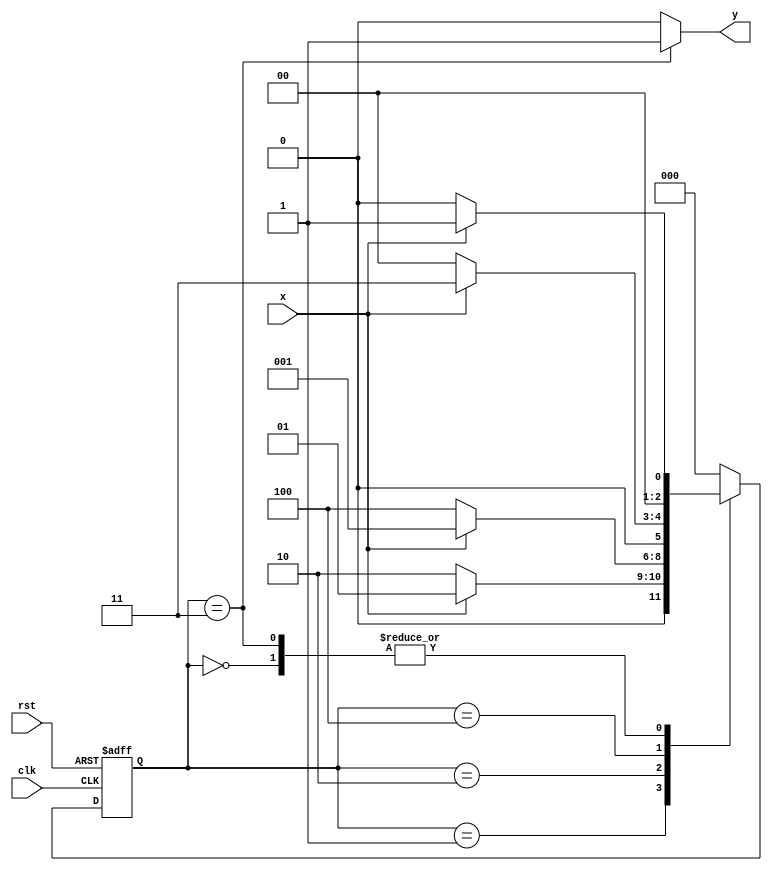
`timescale 1ns / 1ps
//////////////////////////////////////////////////////////////////////////////////
// Company: 
// Engineer: 
// 
// Design Name: 
// Module Name:    moore_sequenc_detector 
// Project Name: 
// Target Devices: 
// Tool versions: 
// Description: 
//
// Dependencies: 
//
// Revision: 
// Revision 0.01 - File Created
// Additional Comments: 
//
//////////////////////////////////////////////////////////////////////////////////
module moore_sequence_detector_nol(input clk, rst, x, output y);
  parameter A = 3'b000;
  parameter B = 3'b001;
  parameter C = 3'b010;
  parameter D = 3'b100;
  parameter E = 3'b011; // extra state when compared with Mealy Machine
  
  reg [2:0] ps, ns;
  always @(posedge clk or negedge rst) begin
    if(!rst) begin 
      ps <= A;
    end
    else ps <= ns;
  end
  
  always @(ps or x) begin
    case(ps)
      A: begin
           if(x == 0) ns = A;
           else       ns = B;
         end
      B: begin
           if(x == 0) ns = C;
           else       ns = B;
         end
      C: begin
           if(x == 0) ns = D;
           else       ns = B;
         end
      D: begin
           if(x == 0) ns = A;
           else       ns = E;
         end
      E: begin
           if(x == 0) ns = A;
           else       ns = B; //This state only differs when compared with Moore Overlaping Machine
         end
      default: ns = A;
    endcase
  end
  assign y = (ps == E)? 1:0;
endmodule